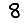
Digit: 8